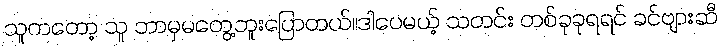
သူကတော့ သူ ဘာမှမတွေ့ဘူးပြောတယ်။ဒါပေမယ့် သတင်း တစ်ခုခုရရင် ခင်ဗျားဆီ